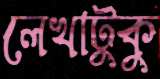
লেখাটুকু